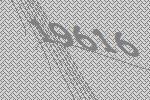
19616